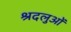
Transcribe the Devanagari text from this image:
श्रदलुओं